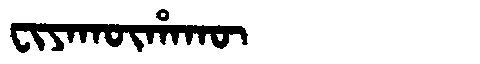
Manchu: ᠸᡳᠶᠠᡴᡡᡥᠠᡴᡡ
Romanization: FIYAKŪHAKŪ